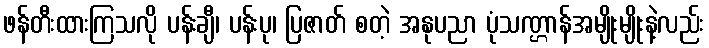
ဖန်တီးထားကြသလို ပန်းချီ၊ ပန်းပု၊ ပြဇာတ် စတဲ့ အနုပညာ ပုံသဏ္ဌာန်အမျိုးမျိုးနဲ့လည်း